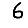
Digit: 6